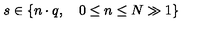
s \in \{ n \cdot q , \quad 0 \leq n \leq N \gg 1 \}